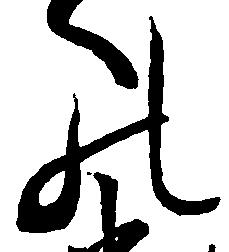
の